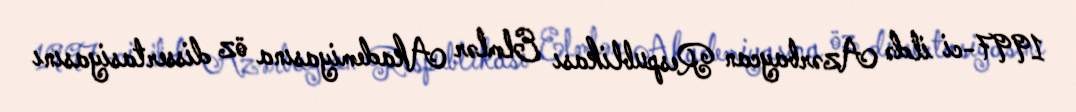
1997-ci ildə Azərbaycan Respublikası Elmlər Akademiyasına öz dissertasiyasını